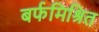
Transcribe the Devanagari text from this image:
बर्फमिश्रित